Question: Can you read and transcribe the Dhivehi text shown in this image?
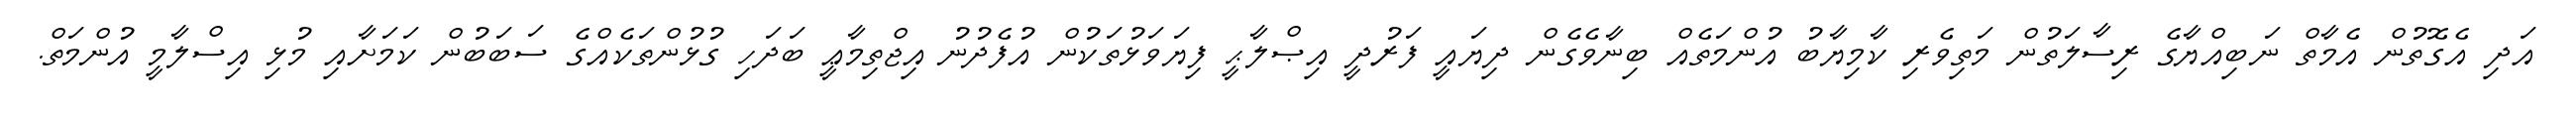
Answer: އަދި އެގޮތުން އެމާތް ނަބިއްޔާގެ ރިސާލަތުން މަތިވެރި ކާމިޔާބު އުންމަތެއް ބިނާވެގެން ދިޔައީ ފަރުދީ އިޞްލާޙީ ފިޔަވަޅުތަކުން އުފެދުނު އިޖްތިމާޢީ ބަދަހި ގުޅުންތަކެއްގެ ސަބަބުން ކަމަށާއި މުޅި އިސްލާމީ އުންމަތް.